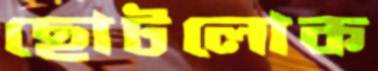
ছোটলোক